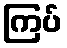
ကြပ်